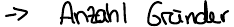
-> Anzahl Gründer